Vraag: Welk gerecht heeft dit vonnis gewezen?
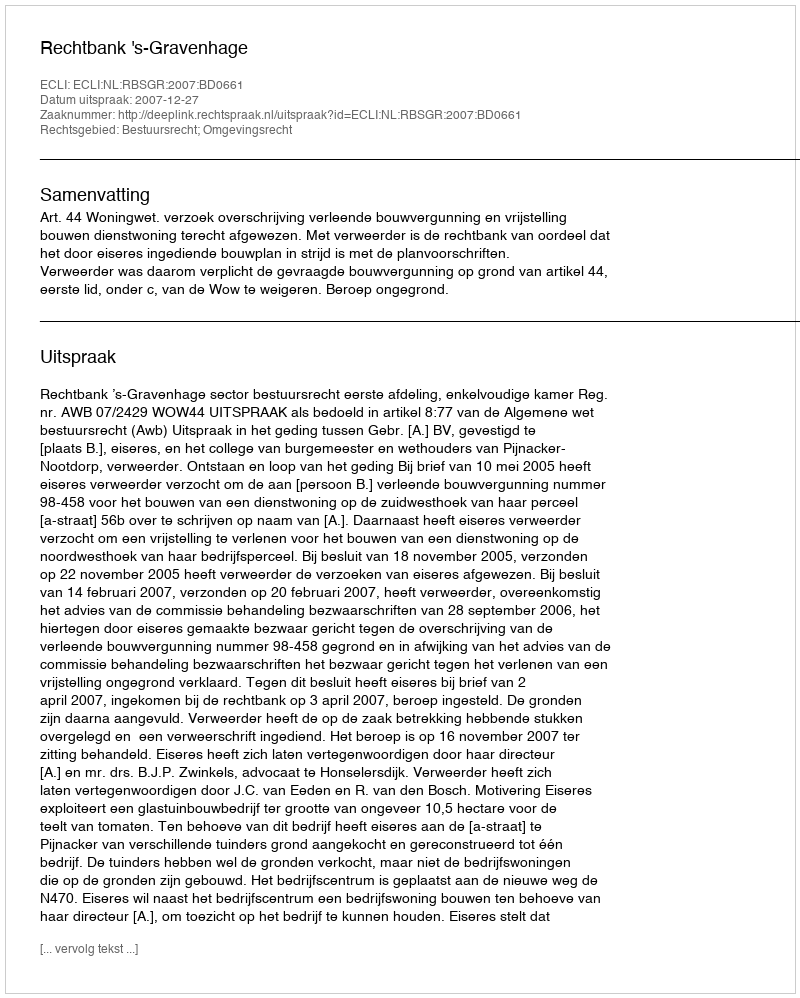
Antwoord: Rechtbank 's-Gravenhage